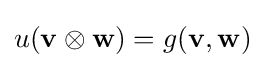
u(\mathbf {v} \otimes \mathbf {w} )=g(\mathbf {v} ,\mathbf {w} )